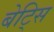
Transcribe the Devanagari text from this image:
बेट्सि